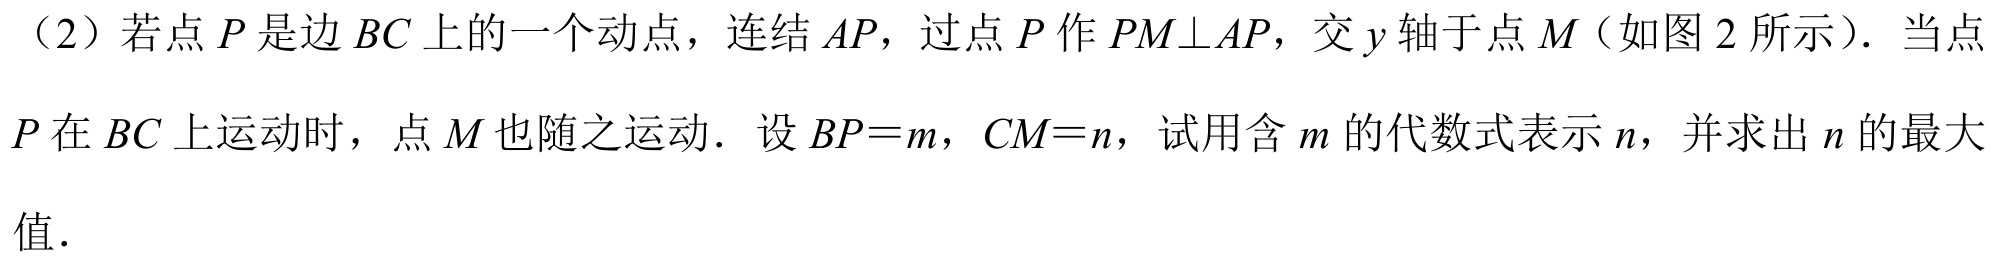
（2）若点\(P\)是边\(BC\)上的一个动点，连结\(AP\)，过点\(P\)作\(PM\perp AP\)，交\(y\)轴于点\(M\)（如图 2 所示）. 当点\(P\)在\(BC\)上运动时，点\(M\)也随之运动. 设\(BP = m\)，\(CM=n\)，试用含\(m\)的代数式表示\(n\)，并求出\(n\)的最大值.